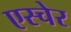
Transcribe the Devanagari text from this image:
एस्चेर